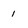
Character: 1